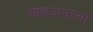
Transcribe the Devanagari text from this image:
आख्यानच्या